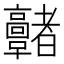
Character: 𩫭